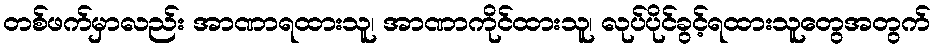
တစ်ဖက်မှာလည်း အာဏာရထားသူ၊ အာဏာကိုင်ထားသူ၊ လုပ်ပိုင်ခွင့်ရထားသူတွေအတွက်